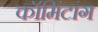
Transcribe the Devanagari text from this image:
कॉमिंटांग